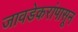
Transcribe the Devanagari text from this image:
जावडेकरांपासून